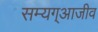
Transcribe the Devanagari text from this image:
सम्यग्आजीव